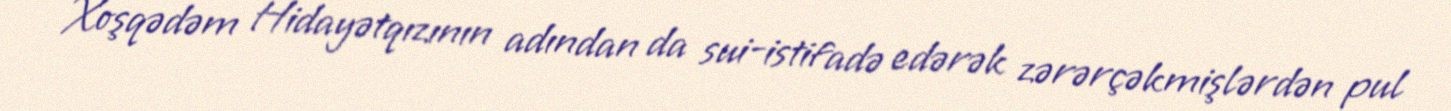
Xoşqədəm Hidayətqızının adından da sui-istifadə edərək zərərçəkmişlərdən pul